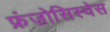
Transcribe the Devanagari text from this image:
फ्रंज़ोसिस्चेस